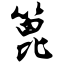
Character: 篦